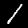
Label: 1